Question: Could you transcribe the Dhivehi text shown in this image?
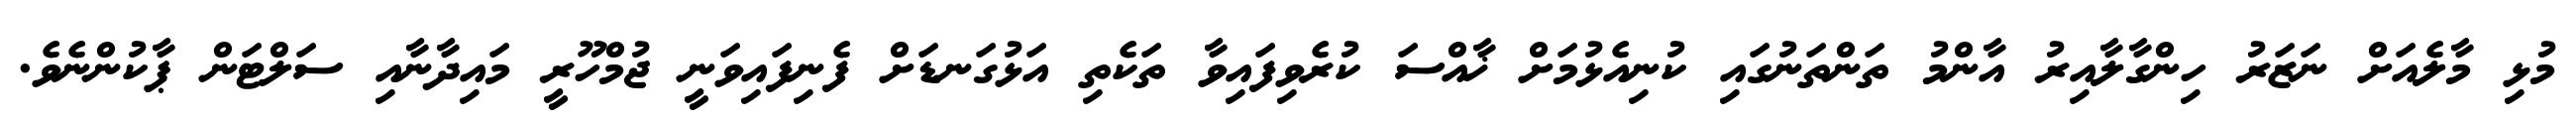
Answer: މުޅި މާލެއަށް ނަޒަރު ހިންގާލާއިރު އާންމު ތަންތަނުގައި ކުނިއެޅުމަށް ޚާއްސަ ކުރެވިފައިވާ ތަކެތި އަޅުގަނޑަށް ފެނިފައިވަނީ ޖުމްހޫރީ މައިދާނާއި ސަލްޓަން ޕާކުންނެވެ.